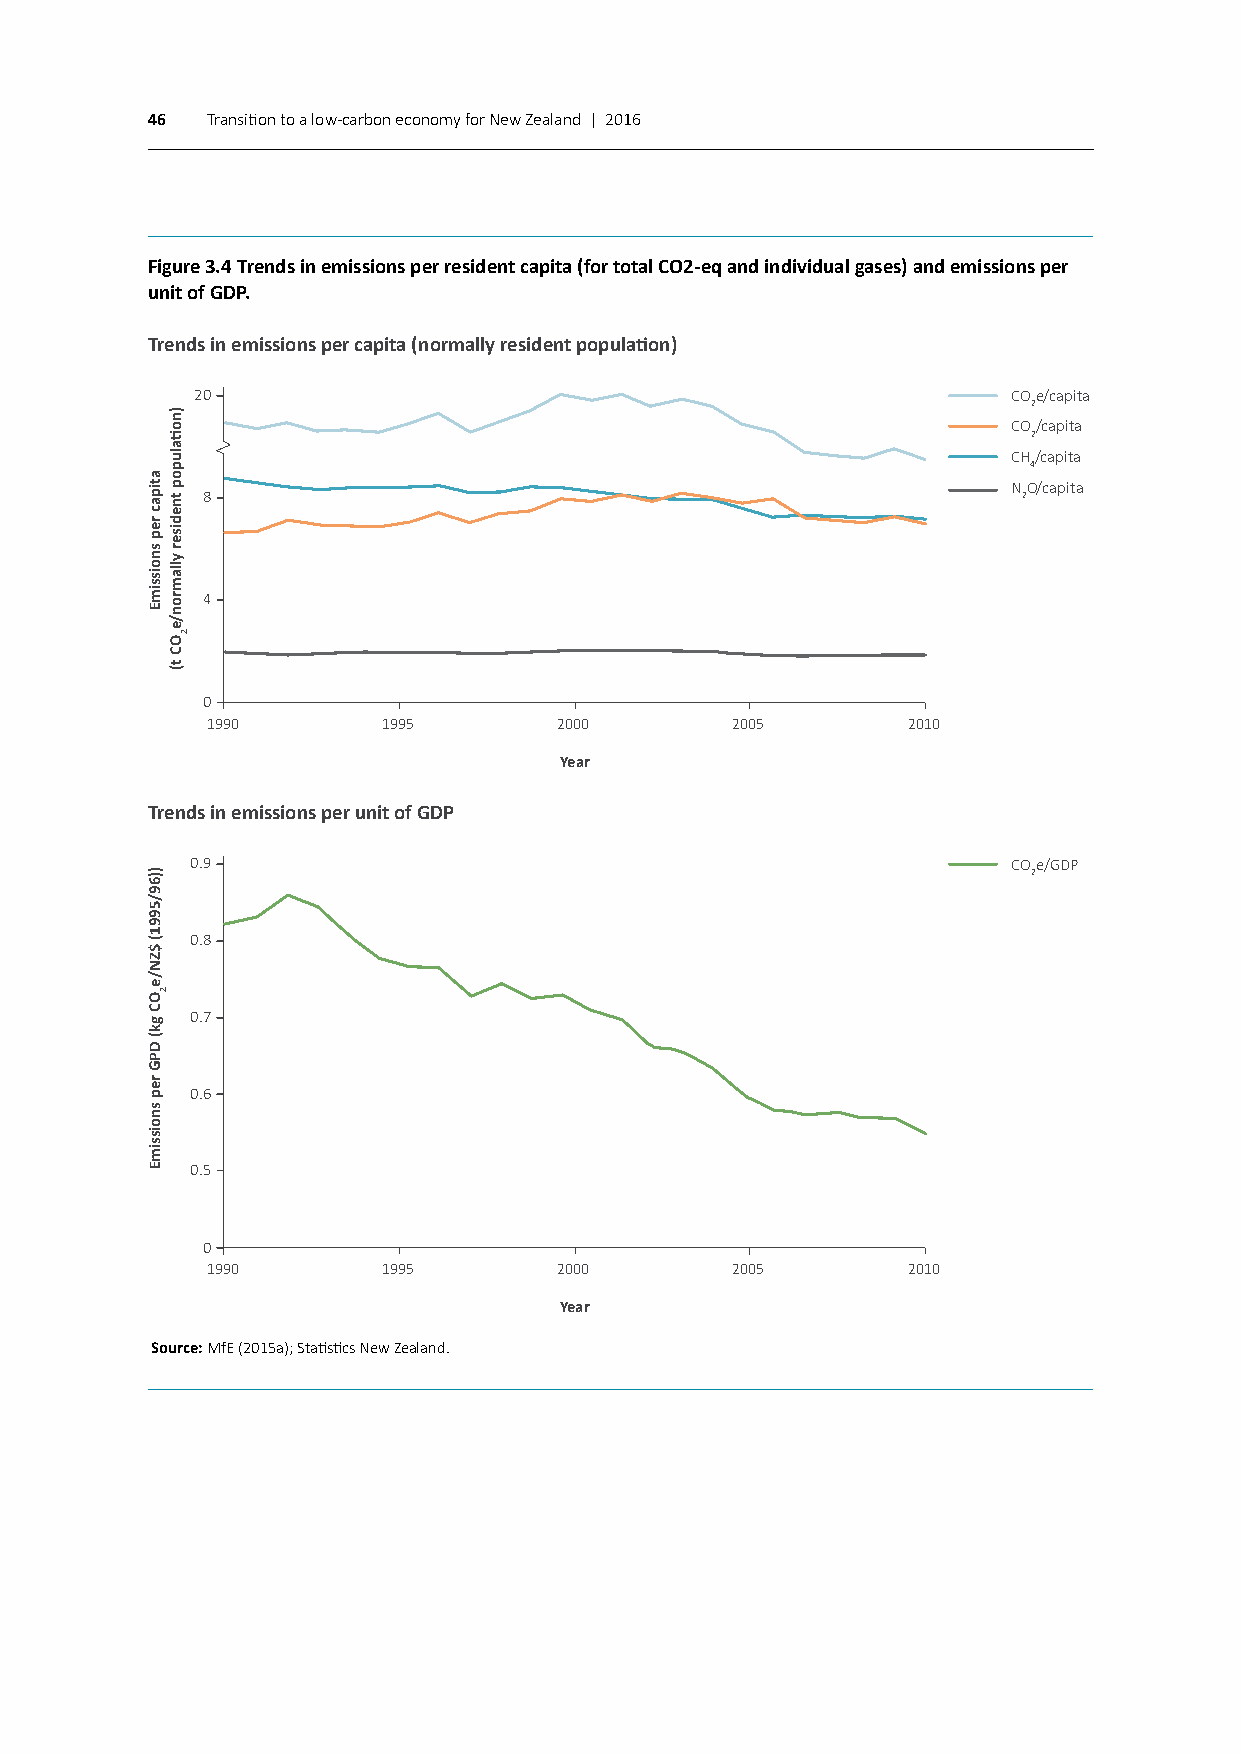
46  Transition to a low-carbon economy for New Zealand | 2016
 Figure 3.4 Trends in emissions per resident capita (for total CO2-eq and individual gases) and emissions per
 unit of GDP.
 Trends in emissions per capita (normally resident population)
 20                                                    COe/capita
 2
 CO/capita
 2
 CH/capita
 4
 NO/capita
 8                                                      2
 4
 0
 1990       1995        2000       2005        2010
 Year
 Trends in emissions per unit of GDP
 0.9                                                   COe/GDP
 2
 0.8
 0.7
 0.6
 0.5
 0
 1990       1995        2000       2005        2010
 Year
 Source: MfE (2015a); Statistics New Zealand.
 atipac
 rep
 snoissimE
 ))69/5991(
 $ZN/eOC
 gk(
 DPG
 rep
 snoissimE
 2
 )notialupop
 tnediser
 yllamron/eOC
 t(
 2